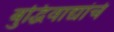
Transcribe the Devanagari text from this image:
बुद्धिवाद्यांचे